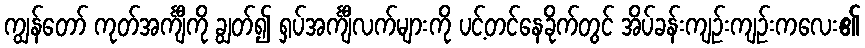
ကျွန်တော် ကုတ်အင်္ကျီကို ချွတ်၍ ရှပ်အင်္ကျီလက်များကို ပင့်တင်နေခိုက်တွင် အိပ်ခန်းကျဉ်းကျဉ်းကလေး၏